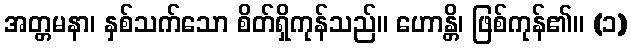
အတ္တမနာ၊ နှစ်သက်သော စိတ်ရှိကုန်သည်။ ဟောန္တိ၊ ဖြစ်ကုန်၏။ (၁)